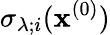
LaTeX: \sigma_{\lambda;i}(\mathbf{x}^{(0)})